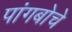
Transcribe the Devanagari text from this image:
पांगबोचे